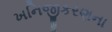
ખનિજીકરણના